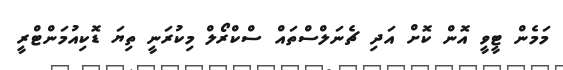
މަމެން ޓީވީ އޮން ކޮށް އަދި ޗެނަލްސްތައް ސްކްރޯލް މިކުރަނީ ތިޔަ ޑޮކިއުމަންޓްރީ